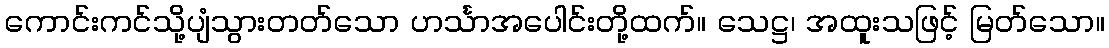
ကောင်းကင်သို့ပျံသွားတတ်သော ဟင်္သာအပေါင်းတို့ထက်။ သေဋ္ဌ၊ အထူးသဖြင့် မြတ်သော။